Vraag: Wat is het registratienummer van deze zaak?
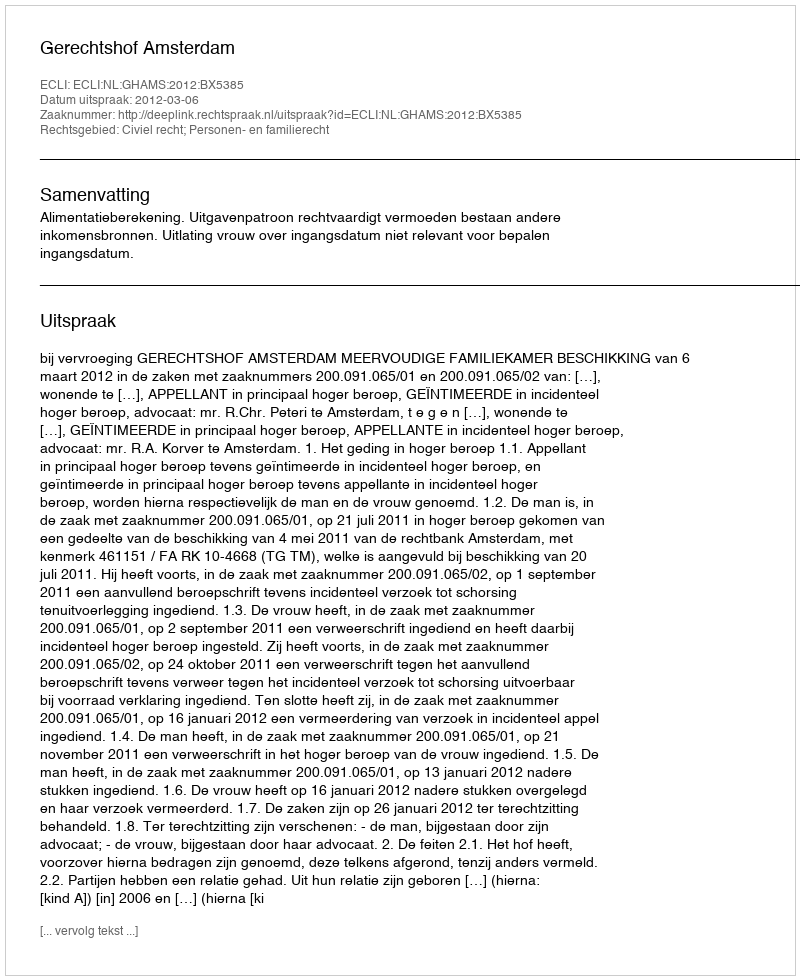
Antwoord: http://deeplink.rechtspraak.nl/uitspraak?id=ECLI:NL:GHAMS:2012:BX5385